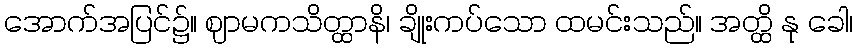
အောက်အပြင်၌။ ဈာမကသိတ္ထာနိ၊ ချိုးကပ်သော ထမင်းသည်။ အတ္ထိ နု ခေါ၊